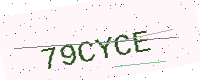
Text: 79CYCE